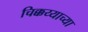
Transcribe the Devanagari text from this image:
चिक्कय्याच्या